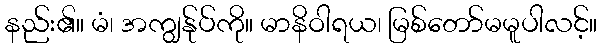
နည်း၏။ မံ၊ အကျွန်ုပ်ကို။ မာနိဝါရယ၊ မြစ်တော်မမူပါလင့်။